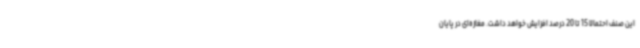
این صنف احتمالا 15 تا 20 درصد افزایش خواهد داشت. مغازه‌ای در پایان